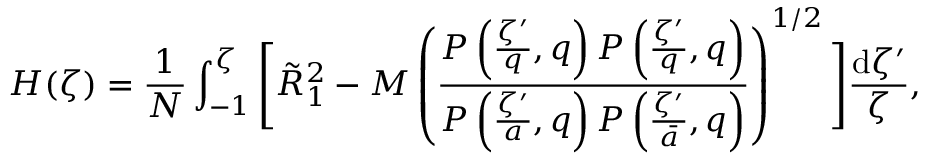
H ( \zeta ) = \frac { 1 } { N } \int _ { - 1 } ^ { \zeta } \Bigg [ \tilde { R } _ { 1 } ^ { 2 } - M \left( \frac { P \left( \frac { \zeta ^ { \prime } } { q } , q \right) P \left( \frac { \zeta ^ { \prime } } { q } , q \right) } { P \left( \frac { \zeta ^ { \prime } } { a } , q \right) P \left( \frac { \zeta ^ { \prime } } { \bar { a } } , q \right) } \right) ^ { 1 / 2 } \Bigg ] \frac { \mathrm { d } \zeta ^ { \prime } } { \zeta } ,